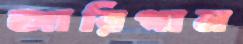
জারিগান